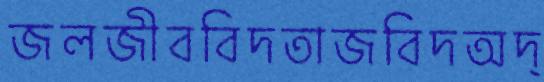
জলজীববিদতাজবিদঅদ্